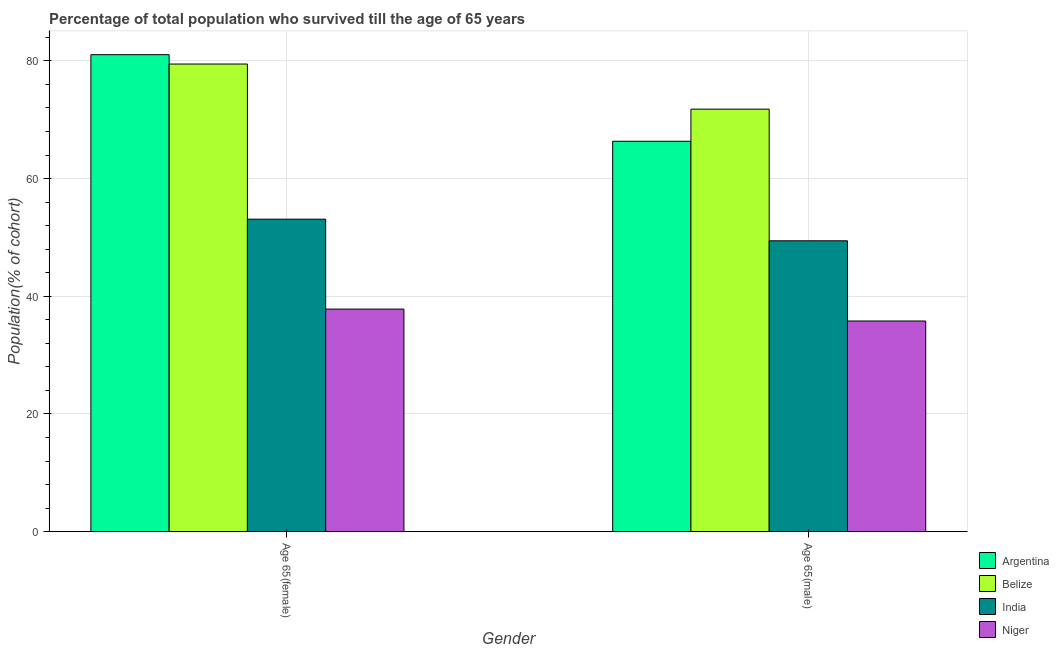
| Gender | Argentina | Belize | India | Niger |
 | --- | --- | --- | --- | --- |
 | Age 65(female) | 81 | 79.5 | 53.1 | 37.8 |
 | Age 65(male) | 66.3 | 71.8 | 49.4 | 35.8 |